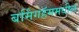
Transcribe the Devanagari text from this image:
बर्मिंगहॅममधील